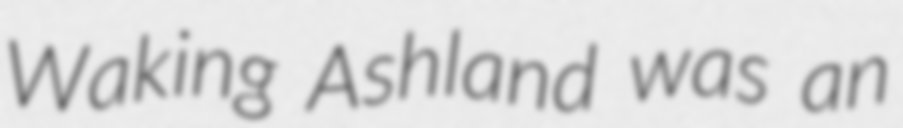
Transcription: Waking Ashland was an